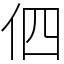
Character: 伵